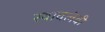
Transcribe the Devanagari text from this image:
स्‍वावलंबी